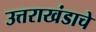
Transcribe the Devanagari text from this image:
उत्तराखंडाचे